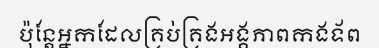
ប៉ុន្តែអ្នកដែលគ្រប់គ្រងអង្គភាពកងទ័ព